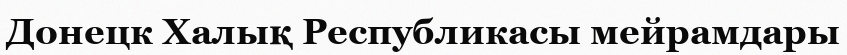
Донецк Халық Республикасы мейрамдары